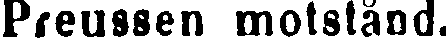
Preussen motstånd.